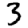
Digit: 3